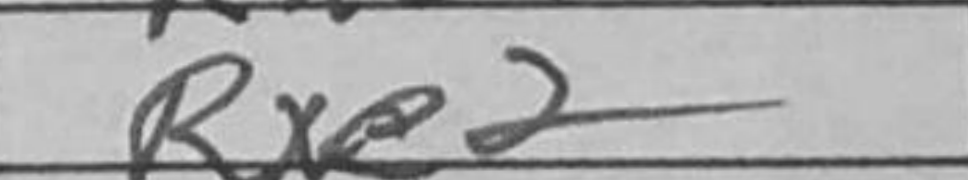
Transcription: Rxe2